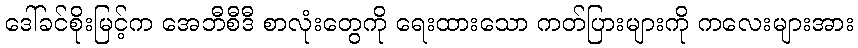
ဒေါ်ခင်စိုးမြင့်က အေဘီစီဒီ စာလုံးတွေကို ရေးထားသော ကတ်ပြားများကို ကလေးများအား